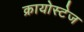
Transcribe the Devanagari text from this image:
क्रायोस्टेज